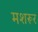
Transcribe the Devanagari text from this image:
मशरूर